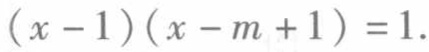
\((x - 1)(x - m + 1) = 1\)